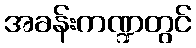
အခန်းကဏ္ဍတွင်